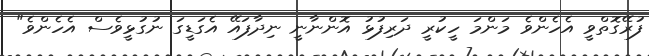
ފުރޭގޮތްވީ އެހެންވެ މަންމަ ހީކުރީ ދަރިފުޅު އޮންނާނީ ނިދާފައޭ އެގަޑީގަ ނުގުޅީވެސް އެހެންވެ"